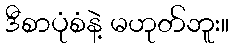
ဒီစာပုံစံနဲ့ မဟုတ်ဘူး။